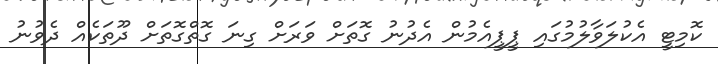
ކޮމިޓީ އެކުލަވާލުމުގައި ޕީޕީއެމުން އެދުނު ގޮތަށް ވަރަށް ގިނަ ގޮތްގޮތަށް ދޫތަކެއް ދެވުނު